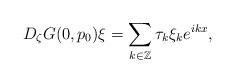
LaTeX: \begin{align*} D_\zeta G(0,p_0)\xi = \sum_{k\in \Bbb Z} \tau_k \xi_k e^{ikx},\end{align*}